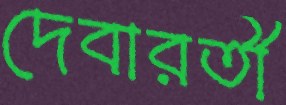
দেবারতী